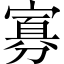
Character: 寡